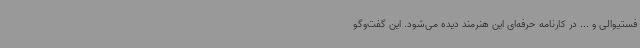
فستیوالی و ... در کارنامه حرفه‌ای این هنرمند دیده می‌شود. این گفت‌وگو